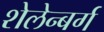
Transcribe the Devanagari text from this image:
शेलेन्बर्ग